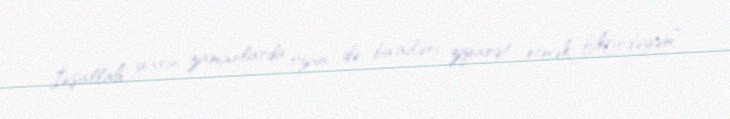
İnşallah yaxın zamanlarda özüm də bu ailəni ziyarət etmək fikrindəyəm”.